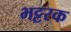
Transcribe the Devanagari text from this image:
भट्टरक